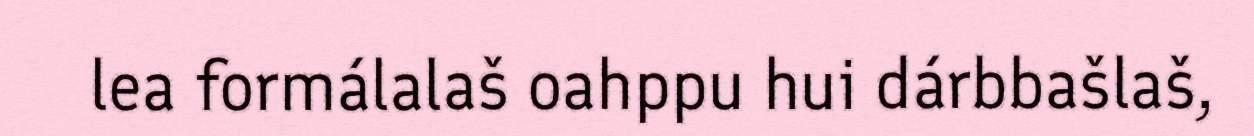
lea formálalaš oahppu hui dárbbašlaš,